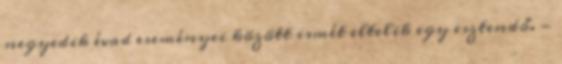
negyedik évad eseményei között ismét eltelik egy esztendő. -